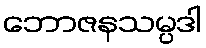
ဘောဇနသမ္ပဒါ